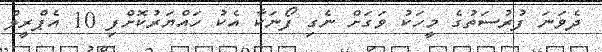
ދެވަނަ ފުރުސަތުގެ މީހަކު ވަގަށް ނެގި ފޯނަކާ އެކު ހައްޔަރުކޮށްފި 10 އެޕްރީލް